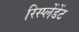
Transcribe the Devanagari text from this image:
रिस्प्लेंडेंट